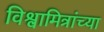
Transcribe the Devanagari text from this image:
विश्वामित्रांच्या